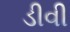
ડીવી